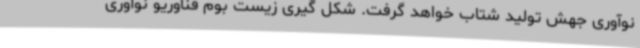
نوآوری جهش تولید شتاب خواهد گرفت. شکل گیری زیست بوم فناوریو نوآوری